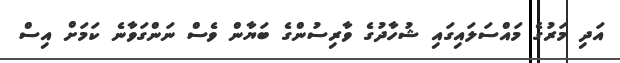
އަދި މަރުގެ މައްސަލައިގައި ޝުހާދުގެ ވާރިސުންގެ ބަޔާން ވެސް ނަންގަވާނެ ކަމަށް އިސް